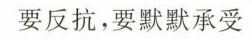
要反抗，要默默承受